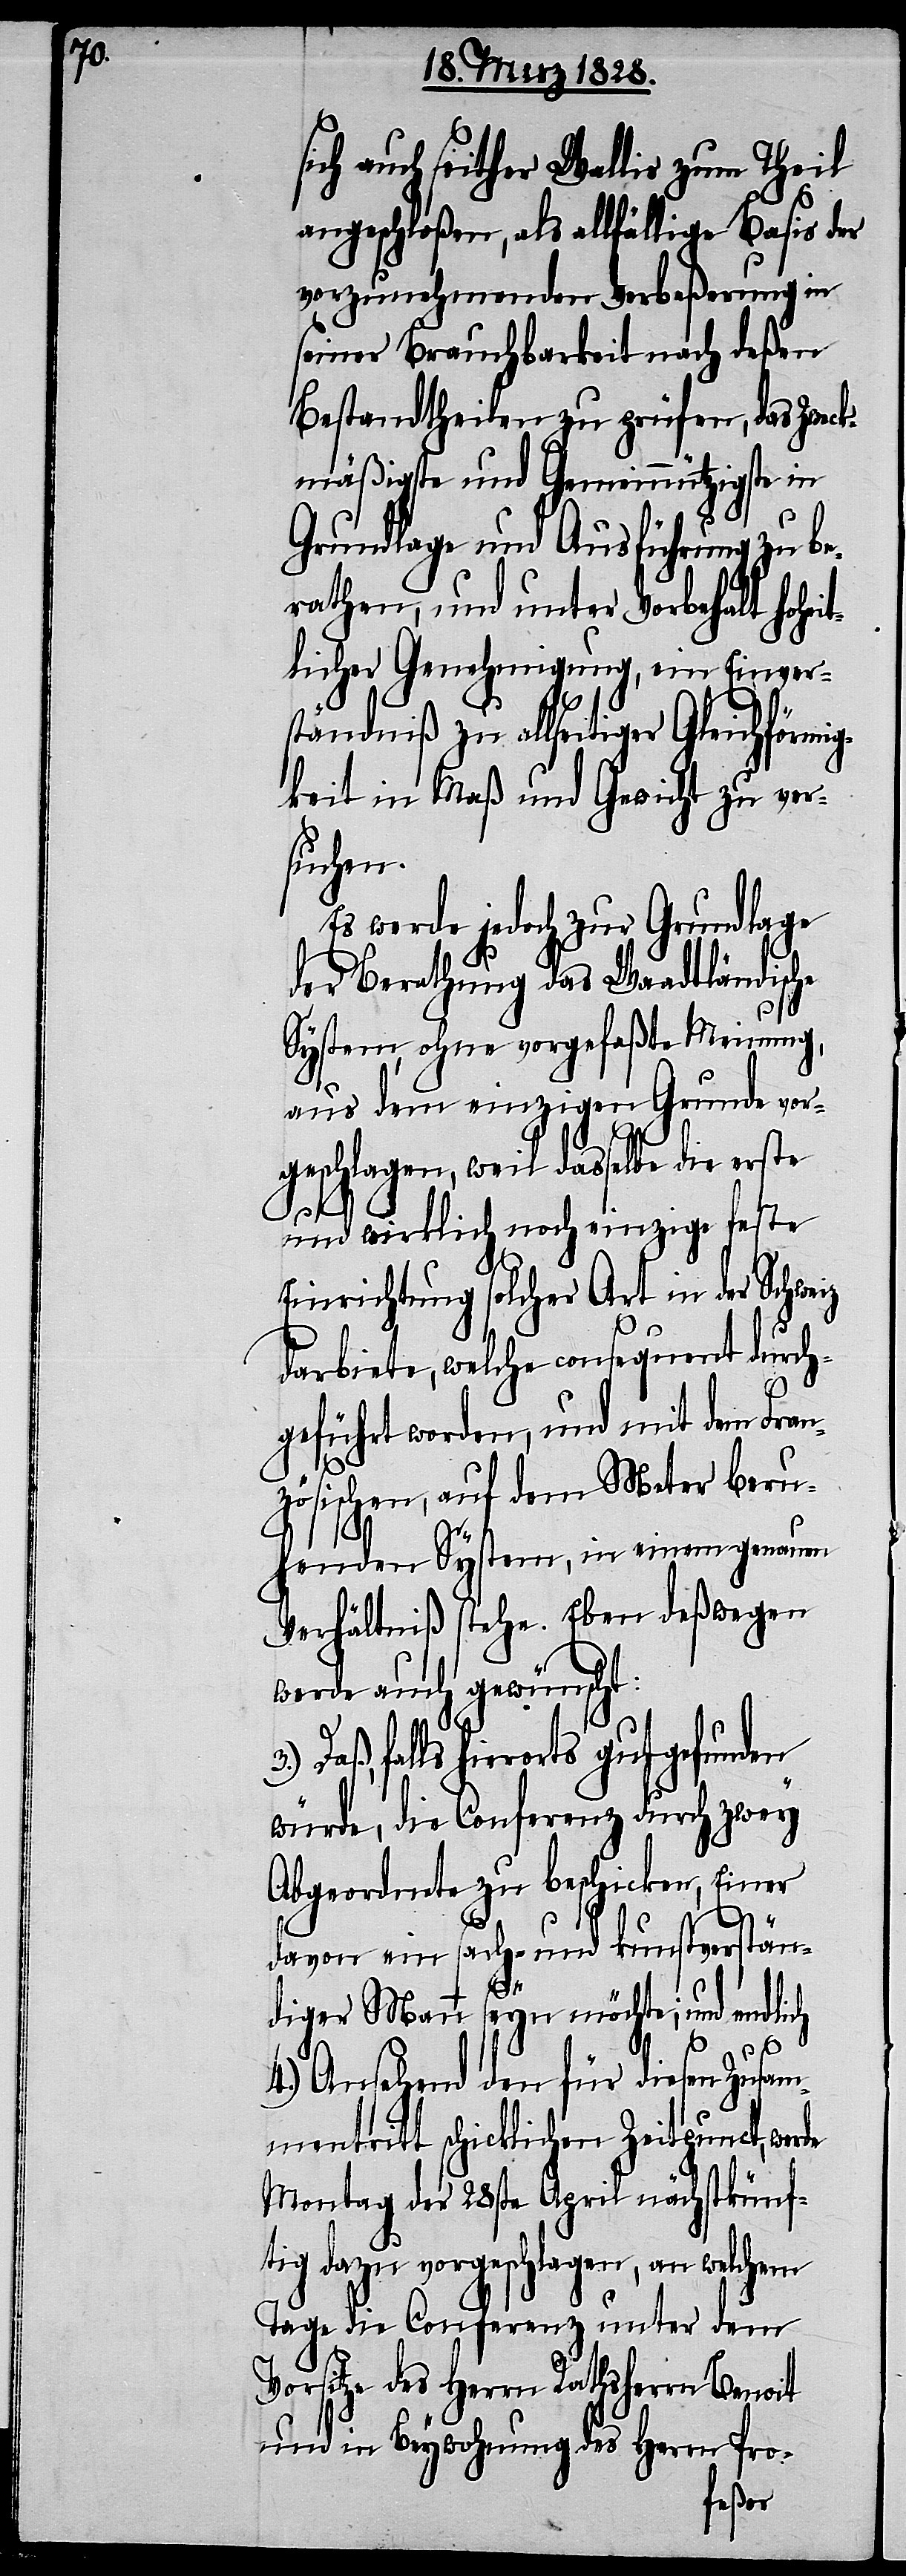
sich auch seither Wallis zum Theil
angeschloßen, als allfällige Basis der
vorzunehmenden Verbeßerung in
seiner Brauchbarkeit nach deßen
Bestandtheilen zu prüfen, das Zweck¬
mäßigste und Gemeinnützigste in
Grundlage und Ausführung zu be¬
rathen, und unter Vorbehalt hohei¬
tlicher Genehmigung, ein Einver¬
ständniß zu allseitiger Gleichförmi¬
gkeit in Maß und Gewicht zu ver¬
suchen.
Es werde jedoch zur Grundlage
der Berathung das Waadtländische
System, ohne vorgefaßte Meinung,
aus dem einzigen Grunde vor¬
geschlagen, weil dasselbe die erste
und wirklich noch einzige feste
Einrichtung solcher Art in der Schweiz
darbiete, welche consequent durch¬
geführt worden, und mit dem Fran¬
zösischen, auf dem Meter beru¬
henden System, in einem genauen
Verhältniß stehe. Eben deßwegen
werde auch gewünscht:
Daß, falls hierorts gutgefunden
würde, die Conferenz durch zwey
Abgeordnete zu beschicken, Einer
V¬
davon ein sach- und kunstverstän¬
3.)
diger Mann seyn möchte; und endlich
4.) Ansehend den für diesen Zusam¬
mentritt schicklichen Zeitpunct, werde
Montag der 28ste April nächstkünf¬
tig dazu vorgeschlagen, an welchem
Tage die Conferenz unter dem
orsitze des Herrn Rathsherrn
und in Beywohnung des Herrn Pro-